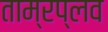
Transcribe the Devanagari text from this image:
ताम्रप्लव